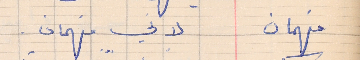
فهمان     لاني فهمان .